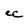
Character: e